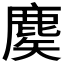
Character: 𪊢